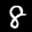
Label: 8